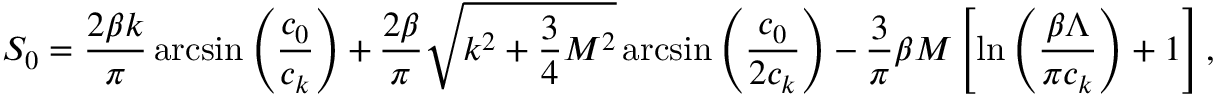
{ \cal S } _ { 0 } = \frac { 2 \beta k } { \pi } \arcsin { \left( \frac { c _ { 0 } } { c _ { k } } \right) } + \frac { 2 \beta } { \pi } \sqrt { k ^ { 2 } + \frac { 3 } { 4 } M ^ { 2 } } \arcsin { \left( \frac { c _ { 0 } } { 2 c _ { k } } \right) } - \frac { 3 } { \pi } \beta M \left[ \ln { \left( \frac { \beta \Lambda } { \pi c _ { k } } \right) } + 1 \right] ,